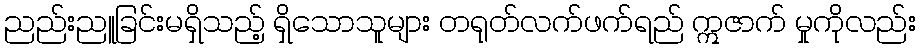
ညည်းညူခြင်းမရှိသည့် ရှိသောသူများ တရုတ်လက်ဖက်ရည် ဣဇာက် မှုကိုလည်း